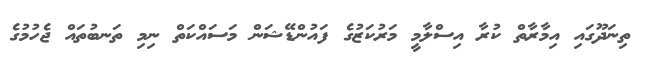
ތިނަދޫގައި އިމާރާތް ކުރާ އިސްލާމީ މަރުކަޒުގެ ފައުންޑޭޝަން މަސައްކަތް ނިމި ތަނބުތައް ޖެހުމުގެ